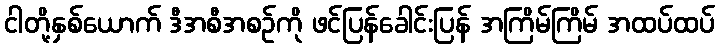
ငါတို့နှစ်ယောက် ဒီအစီအစဉ်ကို ဖင်ပြန်ခေါင်းပြန် အကြိမ်ကြိမ် အထပ်ထပ်